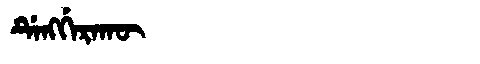
Manchu: ᡩᡝᠩᡤᡝᡵᠠᡴᡡ
Romanization: DENGGERAKŪ